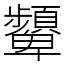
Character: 顰